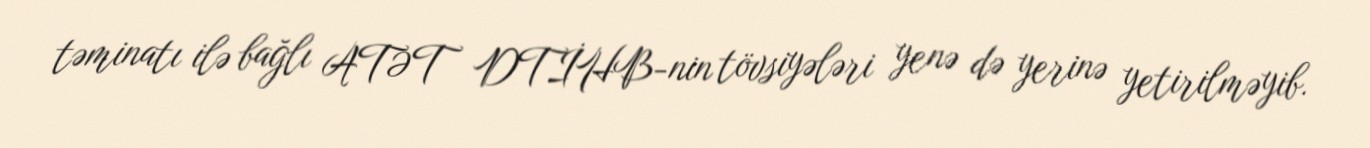
təminatı ilə bağlı ATƏT DTİHB-nin tövsiyələri yenə də yerinə yetirilməyib.